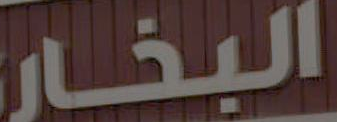
البخار